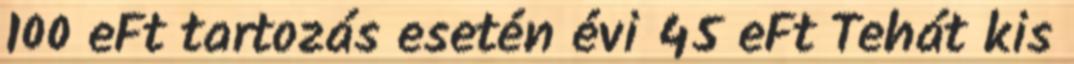
100 eFt tartozás esetén évi 45 eFt Tehát kis